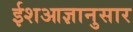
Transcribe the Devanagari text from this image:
ईशआज्ञानुसार